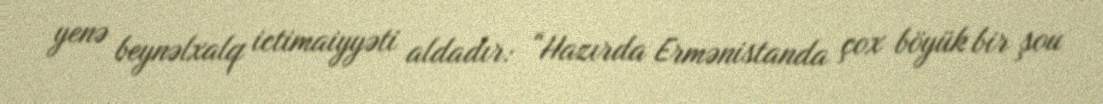
yenə beynəlxalq ictimaiyyəti aldadır: “Hazırda Ermənistanda çox böyük bir şou